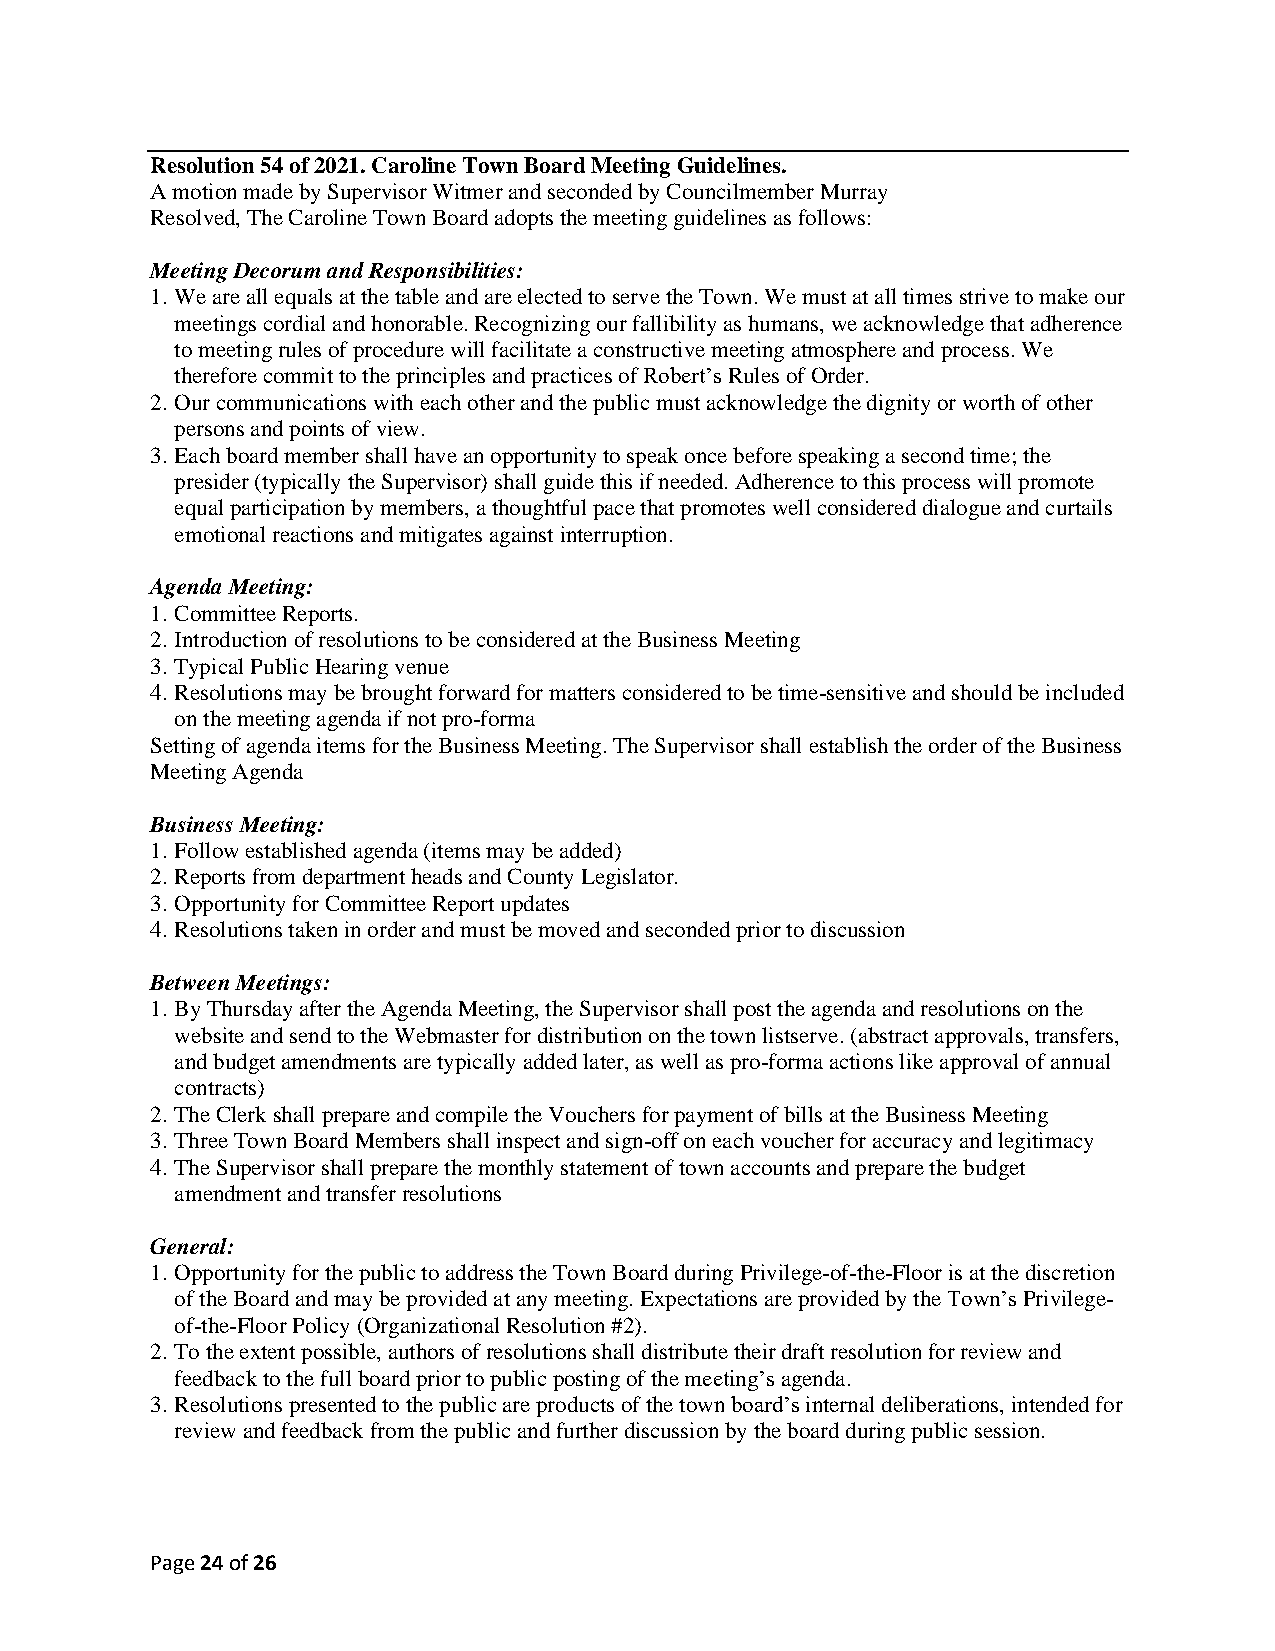
Resolution 54 of 2021. Caroline Town Board Meeting Guidelines.
 A motion made by Supervisor Witmer and seconded by Councilmember Murray
 Resolved, The Caroline Town Board adopts the meeting guidelines as follows:
 Meeting Decorum and Responsibilities:
 1. We are all equals at the table and are elected to serve the Town. We must at all times strive to make our
 meetings cordial and honorable. Recognizing our fallibility as humans, we acknowledge that adherence
 to meeting rules of procedure will facilitate a constructive meeting atmosphere and process. We
 therefore commit to the principles and practices of Robert’s Rules of Order.
 2. Our communications with each other and the public must acknowledge the dignity or worth of other
 persons and points of view.
 3. Each board member shall have an opportunity to speak once before speaking a second time; the
 presider (typically the Supervisor) shall guide this if needed. Adherence to this process will promote
 equal participation by members, a thoughtful pace that promotes well considered dialogue and curtails
 emotional reactions and mitigates against interruption.
 Agenda Meeting:
 1. Committee Reports.
 2. Introduction of resolutions to be considered at the Business Meeting
 3. Typical Public Hearing venue
 4. Resolutions may be brought forward for matters considered to be time-sensitive and should be included
 on the meeting agenda if not pro-forma
 Setting of agenda items for the Business Meeting. The Supervisor shall establish the order of the Business
 Meeting Agenda
 Business Meeting:
 1. Follow established agenda (items may be added)
 2. Reports from department heads and County Legislator.
 3. Opportunity for Committee Report updates
 4. Resolutions taken in order and must be moved and seconded prior to discussion
 Between Meetings:
 1. By Thursday after the Agenda Meeting, the Supervisor shall post the agenda and resolutions on the
 website and send to the Webmaster for distribution on the town listserve. (abstract approvals, transfers,
 and budget amendments are typically added later, as well as pro-forma actions like approval of annual
 contracts)
 2. The Clerk shall prepare and compile the Vouchers for payment of bills at the Business Meeting
 3. Three Town Board Members shall inspect and sign-off on each voucher for accuracy and legitimacy
 4. The Supervisor shall prepare the monthly statement of town accounts and prepare the budget
 amendment and transfer resolutions
 General:
 1. Opportunity for the public to address the Town Board during Privilege-of-the-Floor is at the discretion
 of the Board and may be provided at any meeting. Expectations are provided by the Town’s Privilege-
 of-the-Floor Policy (Organizational Resolution #2).
 2. To the extent possible, authors of resolutions shall distribute their draft resolution for review and
 feedback to the full board prior to public posting of the meeting’s agenda.
 3. Resolutions presented to the public are products of the town board’s internal deliberations, intended for
 review and feedback from the public and further discussion by the board during public session.
 Page 24 of 26